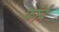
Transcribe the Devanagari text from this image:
कॉर्ब